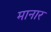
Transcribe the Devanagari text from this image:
मानार